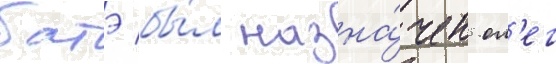
батэ бы́л назна́чен ол'ег